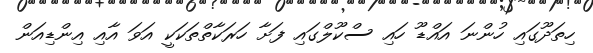
ހިތަދޫގައި ހުންނަ އައްޑޫ ހައި ސްކޫލްގައި ފަށާ ހަރަކާތްތަކަކީ އަވަ އާއި އިންޑިއަން